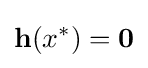
\mathbf {h} (x^{*})=\mathbf {0}